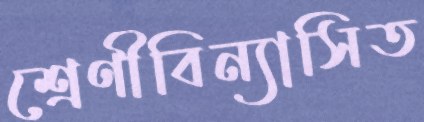
শ্রেণীবিন্যাসিত